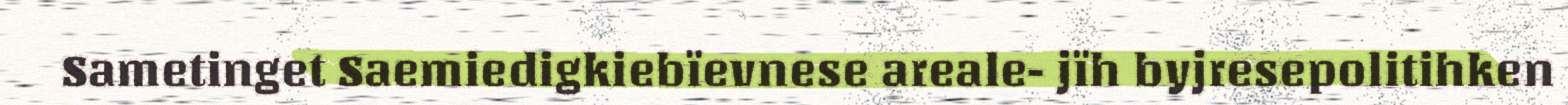
Sametinget Saemiedigkiebïevnese areale- jïh byjresepolitihken